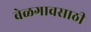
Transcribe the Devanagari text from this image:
बेळगावसाठी